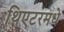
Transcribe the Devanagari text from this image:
थिएटरमधे